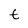
Character: t